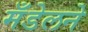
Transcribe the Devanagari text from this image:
मँडेलने